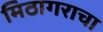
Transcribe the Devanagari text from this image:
मिठागराचा